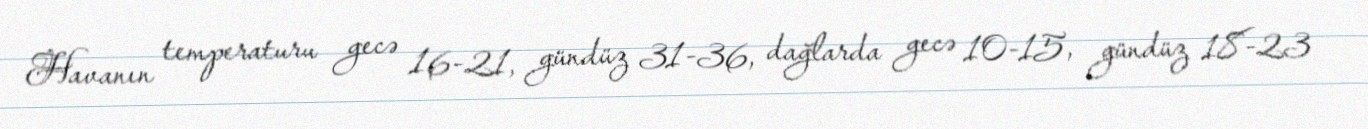
Havanın temperaturu gecə 16-21, gündüz 31-36, dağlarda gecə 10-15, gündüz 18-23